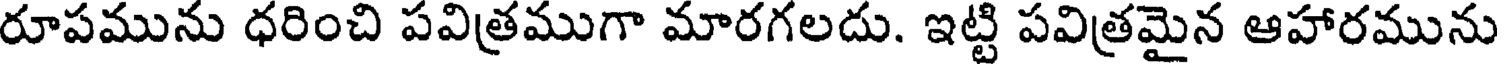
రూపమును ధరించి పవిత్రముగా మారగలదు. ఇట్టి పవిత్రమైన ఆహారమును